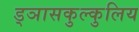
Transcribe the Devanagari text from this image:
ड्ञासकुल्कुलिय